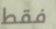
فقط